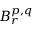
B _ { r } ^ { p , q }